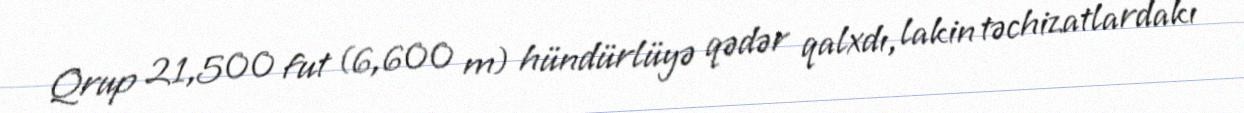
Qrup 21,500 fut (6,600 m) hündürlüyə qədər qalxdı, lakin təchizatlardakı